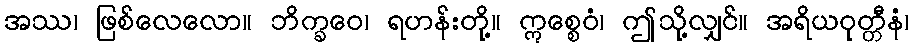
အဿ၊ ဖြစ်လေလော။ ဘိက္ခဝေ၊ ရဟန်းတို့။ ဣစ္စေဝံ၊ ဤသို့လျှင်။ အရိယဝုတ္တီနံ၊